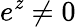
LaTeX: e^{\mathit{z}}\neq0